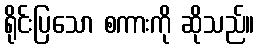
ရိုင်းပြသော စကားကို ဆိုသည်။